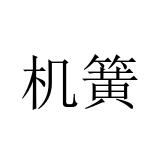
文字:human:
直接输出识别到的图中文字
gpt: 机簧